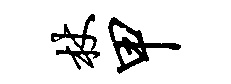
杖甲